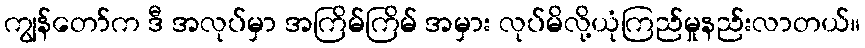
ကျွန်တော်က ဒီ အလုပ်မှာ အကြိမ်ကြိမ် အမှား လုပ်မိလို့ယုံကြည်မှုနည်းလာတယ်။